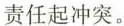
责任起冲突。